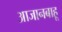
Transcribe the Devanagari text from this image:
आजानबाहू